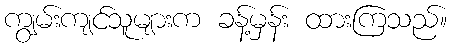
ကျွမ်းကျင်သူများက ခန့်မှန်း ထားကြသည်။